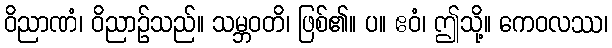
ဝိညာဏံ၊ ဝိညာဉ်သည်။ သမ္ဘဝတိ၊ ဖြစ်၏။ ပ။ ဧဝံ၊ ဤသို့။ ကေဝလဿ၊